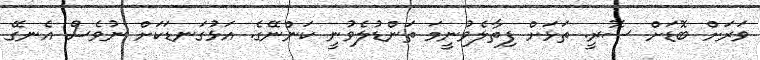
ވަރަށް ބޮޑަށް ސޮރީ. ތަޅަށް ފިތާލެވުނީމަ ތަންޑުލެވުނީ ކަންނޭގެ. އަޅުގަނޑަކަށް ނުވެސް އެނގޭ